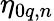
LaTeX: \eta_{0q,n}